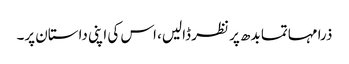
ذرا مہاتما بدھ پر نظر ڈالیں، اس کی اپنی داستان پر۔